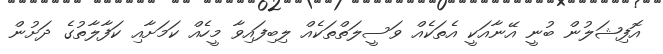
އޮފިޝަލުން ބުނީ އޭނާއަކީ އެތަކެއް ވަސީލަތްތަކެއް ލިބިފައިވާ މީހެއް ކަމަށާއި ކަފާލާތުގެ ދަށުން